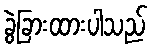
ခွဲခြားထားပါသည်